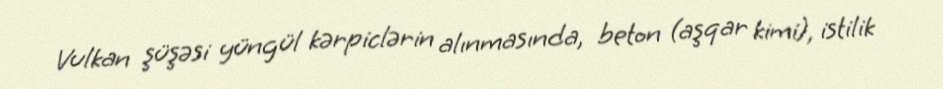
Vulkan şüşəsi yüngül kərpiclərin alınmasında, beton (aşqar kimi), istilik